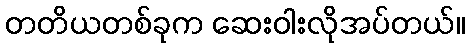
တတိယတစ်ခုက ဆေးဝါးလိုအပ်တယ်။